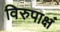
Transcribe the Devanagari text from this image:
विरुपाक्षं